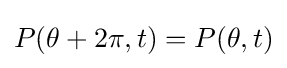
P(\theta +2\pi ,t)={P(\theta ,t)}